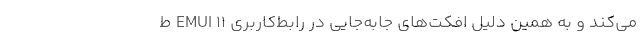
می‌کند و به همین دلیل افکت‌های جابه‌جایی در رابط‌کاربری EMUI 11 ط